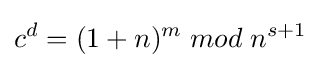
c^{d}=(1+n)^{m}\;mod\;n^{s+1}